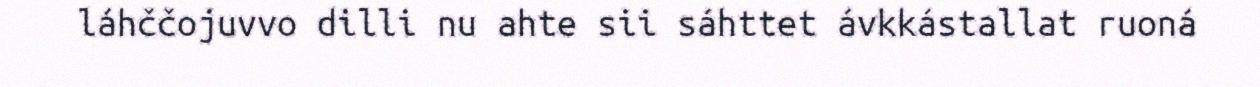
láhččojuvvo dilli nu ahte sii sáhttet ávkkástallat ruoná